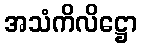
အသံကိလိဋ္ဌော